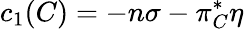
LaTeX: c_{1}(C)=-n\sigma-\pi_{C}^{*}\eta